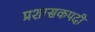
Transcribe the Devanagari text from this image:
प्रशासकपदी